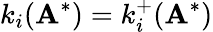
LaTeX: k_{i}(\mathbf{A}^{*})=k_{i}^{+}(\mathbf{A}^{*})